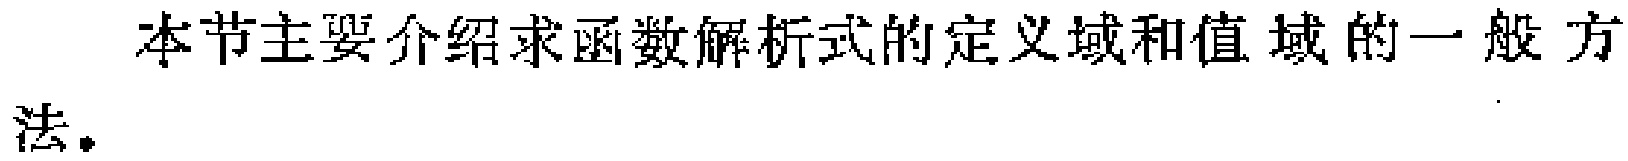
本节主要介绍求函数解析式的定义域和值域的一般方法。